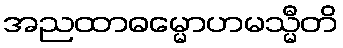
အညထာဓမ္မောဟမသ္မီတိ